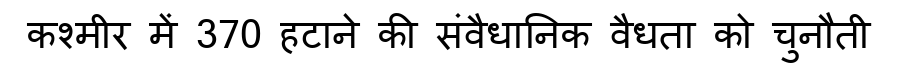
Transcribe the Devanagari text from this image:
कश्मीर में 370 हटाने की संवैधानिक वैधता को चुनौती